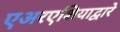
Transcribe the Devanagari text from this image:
एअरएशियाद्वारे